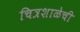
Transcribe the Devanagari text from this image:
चित्रशाळेची